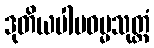
ဒုတိယပါပဓမ္မသုတ္တံ